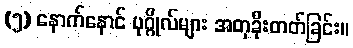
(၅) နောက်နောင် ပုဂ္ဂိုလ်များ အတုခိုးတတ်ခြင်း။